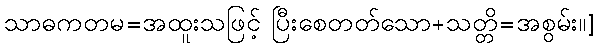
သာဓကတမ=အထူးသဖြင့် ပြီးစေတတ်သော+သတ္တိ=အစွမ်း။]